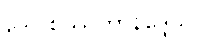
ဒေါဝစဿတာနိဒ္ဒေသ။